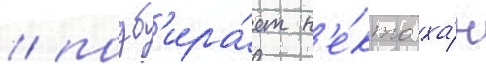
/ подб'ира́ет н'е́кто ха́н